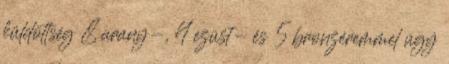
küldöttség 8 arany-, 4 ezüst- és 5 bronzéremmel úgy